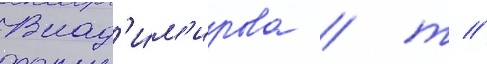
Влад'и́м'ирова / т //